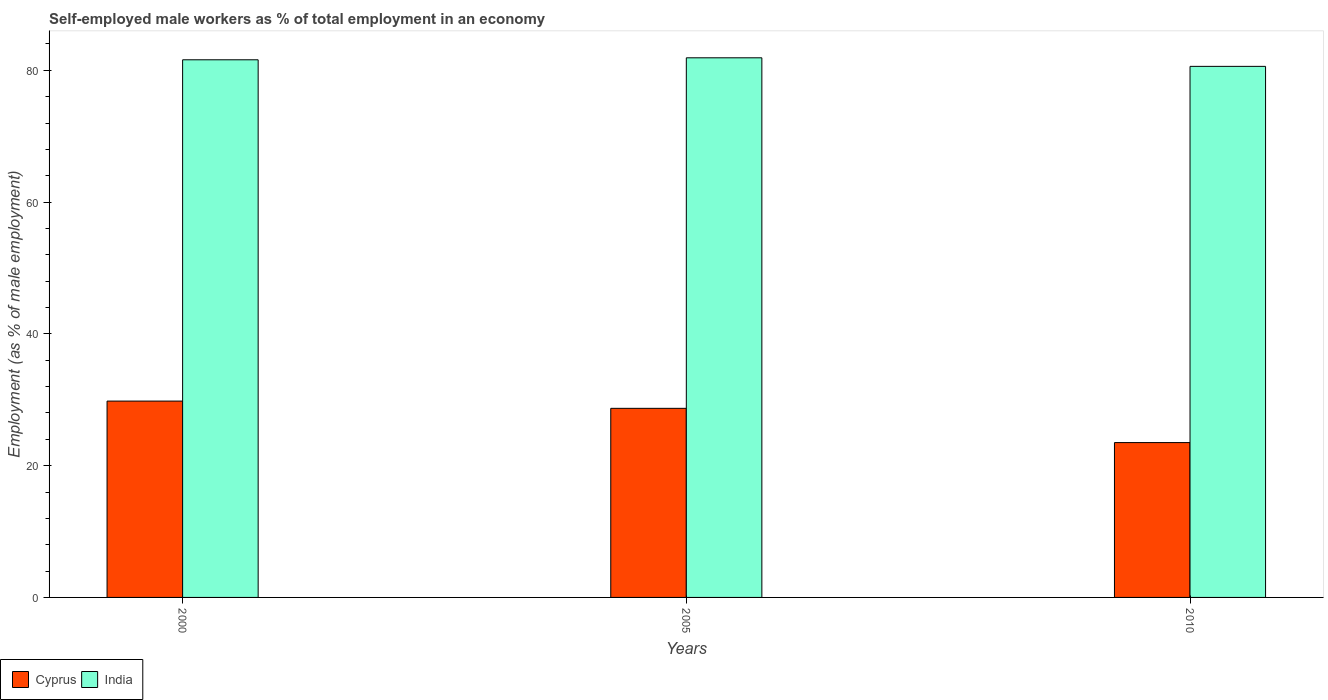
| Years | Cyprus | India |
 | --- | --- | --- |
 | 2000 | 29.8 | 81.6 |
 | 2005 | 28.7 | 81.9 |
 | 2010 | 23.5 | 80.6 |